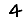
Digit: 4